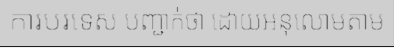
ការបរទេស បញ្ជាក់ថា ដោយអនុលោមតាម